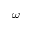
\omega